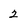
Character: 2